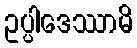
ဥပ္ပါဒေဿာမိ